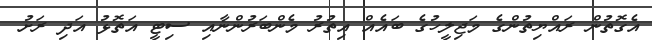
އެގޮތުން ރައްޔިތުންގެ މަޖިލީހުގެ ބައެއް އިތުރު މެންބަރުންނާއި ސިޓީ އަތޮޅު އަދި ރަށު